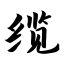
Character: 缆